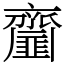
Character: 齏